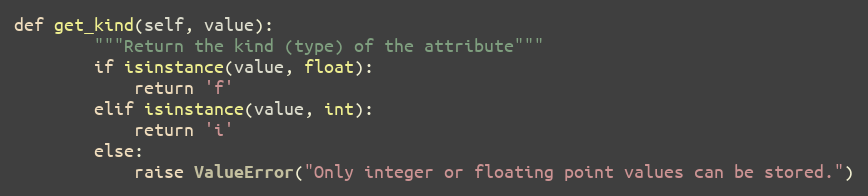
Language: Python
def get_kind(self, value):
        """Return the kind (type) of the attribute"""
        if isinstance(value, float):
            return 'f'
        elif isinstance(value, int):
            return 'i'
        else:
            raise ValueError("Only integer or floating point values can be stored.")